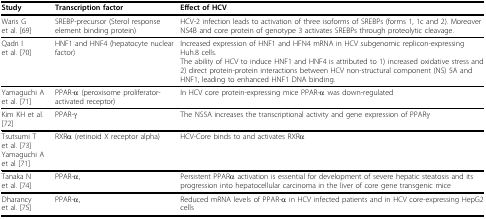
<table><thead><tr><td><b>Study</b></td><td><b>Transcription factor</b></td><td><b>Effect of HCV</b></td></tr></thead><tbody><tr><td>Waris G et al. [69]</td><td>SREBP-precursor (Sterol response element binding protein)</td><td>HCV-2 infection leads to activation of three isoforms of SREBPs (forms 1, 1c and 2). Moreover NS4B and core protein of genotype 3 activates SREBPs through proteolytic cleavage.</td></tr><tr><td>Qadri I et al. [70]</td><td>HNF1 and HNF4 (hepatocyte nuclear factor)</td><td>Increased expression of HNF1 and HFN4 mRNA in HCV subgenomic replicon-expressing Huh.8 cells.The ability of HCV to induce HNF1 and HNF4 is attributed to 1) increased oxidative stress and 2) direct protein-protein interactions between HCV non-structural component (NS) 5A and HNF1, leading to enhanced HNF1 DNA binding.</td></tr><tr><td>Yamaguchi A et al. [71]</td><td>PPAR-α (peroxisome proliferator-activated receptor)</td><td>In HCV core protein-expressing mice PPAR-α was down-regulated</td></tr><tr><td>Kim KH et al. [72]</td><td>PPAR-γ</td><td>The NS5A increases the transcriptional activity and gene expression of PPARγ</td></tr><tr><td>Tsutsumi T et al. [73]Yamaguchi A et al [71]</td><td>RXRα (retinoid X receptor alpha)</td><td>HCV-Core binds to and activates RXRα</td></tr><tr><td>Tanaka N et al. [74]</td><td>PPAR-α,</td><td>Persistent PPARα activation is essential for development of severe hepatic steatosis and its progression into hepatocellular carcinoma in the liver of core gene transgenic mice</td></tr><tr><td>Dharancy et al. [75]</td><td>PPAR-α,</td><td>Reduced mRNA levels of PPAR-α in HCV infected patients and in HCV core-expressing HepG2 cells</td></tr></tbody></table>